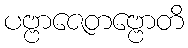
ပဗ္ဗာဇေတဗ္ဗောတိ